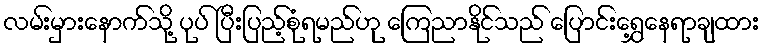
လမ်းမှားနောက်သို့ ပုပ် ပြီးပြည့်စုံရမည်ဟု ကြေညာနိုင်သည် ပြောင်းရွှေ့နေရာချထား